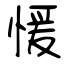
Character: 愋